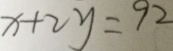
x + 2 y = 9 2